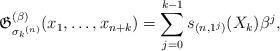
LaTeX: \begin{gather*}\mathfrak{G}_{{\sigma_{k}}^{(n)}}^{(\beta)}(x_1,\ldots,x_{n+k})=\sum_{j=0}^{k-1} s_{(n,1^{j})}(X_k) \beta^{j},\end{gather*}